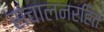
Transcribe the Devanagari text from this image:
संचालनरहित